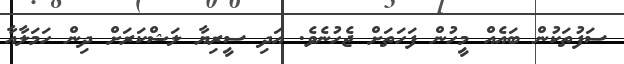
ސަފުތަކުން ބައެއް މީހުން ފަހަތަށް ޖެހުނެވެ. އަދި ސީރިޔާ ލަޝްކަރަށް ދިން ހަމަލާއާ